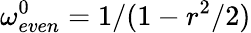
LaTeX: \omega_{even}^{0}=1/(1-r^{2}/2)